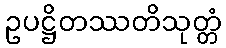
ဥပဋ္ဌိတဿတိသုတ္တံ